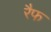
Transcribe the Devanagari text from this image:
रैफ